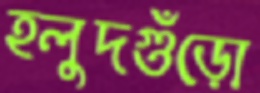
হলুদগুঁড়ো